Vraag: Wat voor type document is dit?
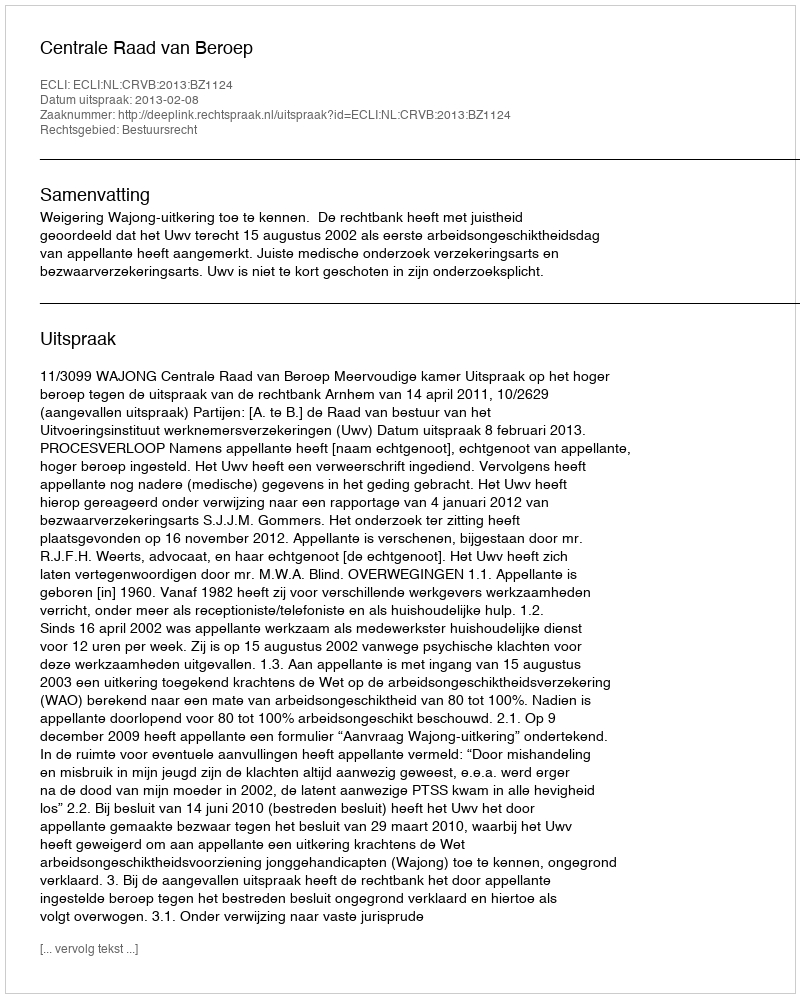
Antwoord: Uitspraak